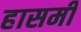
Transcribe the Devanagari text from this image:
हासमी